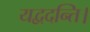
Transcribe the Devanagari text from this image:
यद्वदन्ति।